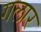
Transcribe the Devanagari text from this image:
गलार